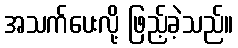
အသက်ပေးလို့ ဖြည့်ခဲ့သည်။